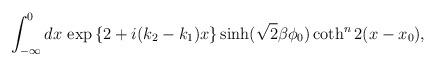
LaTeX: \begin{align*}\int_{-\infty}^{0}dx\,\exp{\left\{2+i(k_{2}-k_{1})x\right\}}\sinh(\sqrt{2}\beta \phi_{0})\coth^{n} 2(x-x_{0}),\end{align*}